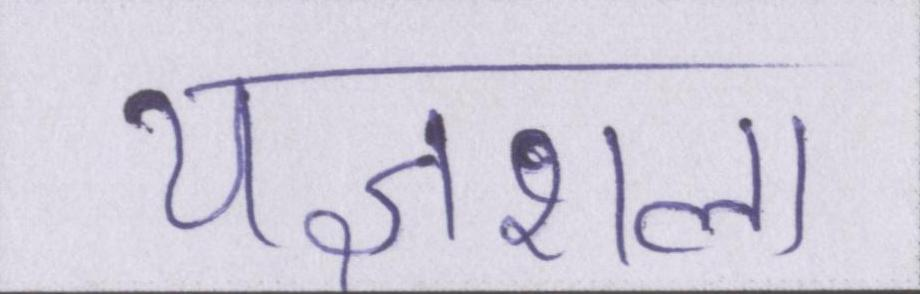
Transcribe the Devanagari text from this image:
यज्ञशाला